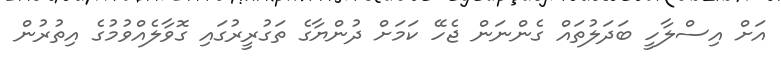
އަށް އިސްލާހީ ބަދަލުތައް ގެންނަން ޖެހޭ ކަމަށް ދުންޔާގެ ތަގުރީރުގައި ގޮވާލެއްވުމުގެ އިތުރުން